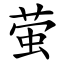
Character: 萤